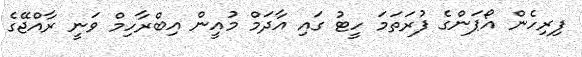
ފިރިހެން އޯޕަންގެ ފުރަތަމަ ހީޓު ގައި އާދަމް މުއީން އިބްރާހިމް ވަނީ ރާއްޖޭގެ